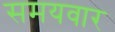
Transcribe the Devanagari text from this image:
समयवार